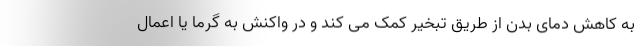
به کاهش دمای بدن از طریق تبخیر کمک می کند و در واکنش به گرما یا اعمال